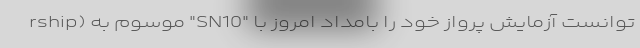
rship) موسوم به "SN10" توانست آزمایش پرواز خود را بامداد امروز با